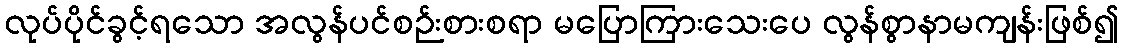
လုပ်ပိုင်ခွင့်ရသော အလွန်ပင်စဉ်းစားစရာ မပြောကြားသေးပေ လွန်စွာနာမကျန်းဖြစ်၍